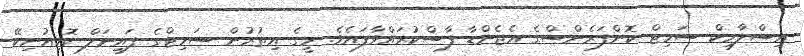
އިސްލާމިކް ސަމިޓް ކޮންފަރެންސްގެ އެޖެންޑާ ފާސްކުރައްވާފައެވެ. މީގެ އިތުރުން ސަމިޓްގެ ފައިނަލް ކޮމިއުނިކޭ